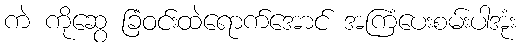
ကဲ ကိုဆွေ ခြံဝင်းထဲရောက်အောင် အကြံပေးစမ်းပါအုံး